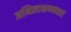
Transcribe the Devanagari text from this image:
अभिलाक्षणकताएं